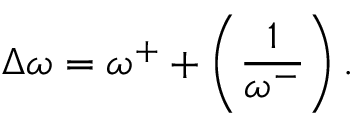
\Delta \omega = \omega ^ { + } + \left( \frac { 1 } { \omega ^ { - } } \right) .